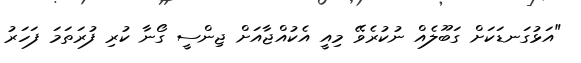
"އަޅުގަނޑަކަށް ގަބޫލެއް ނުކުރެވޭ މިއީ އެކުއްޖާއަށް ޖިންސީ ގޯނާ ކުރި ފުރަތަމަ ފަހަރު